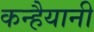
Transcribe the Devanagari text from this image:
कन्हैयानी